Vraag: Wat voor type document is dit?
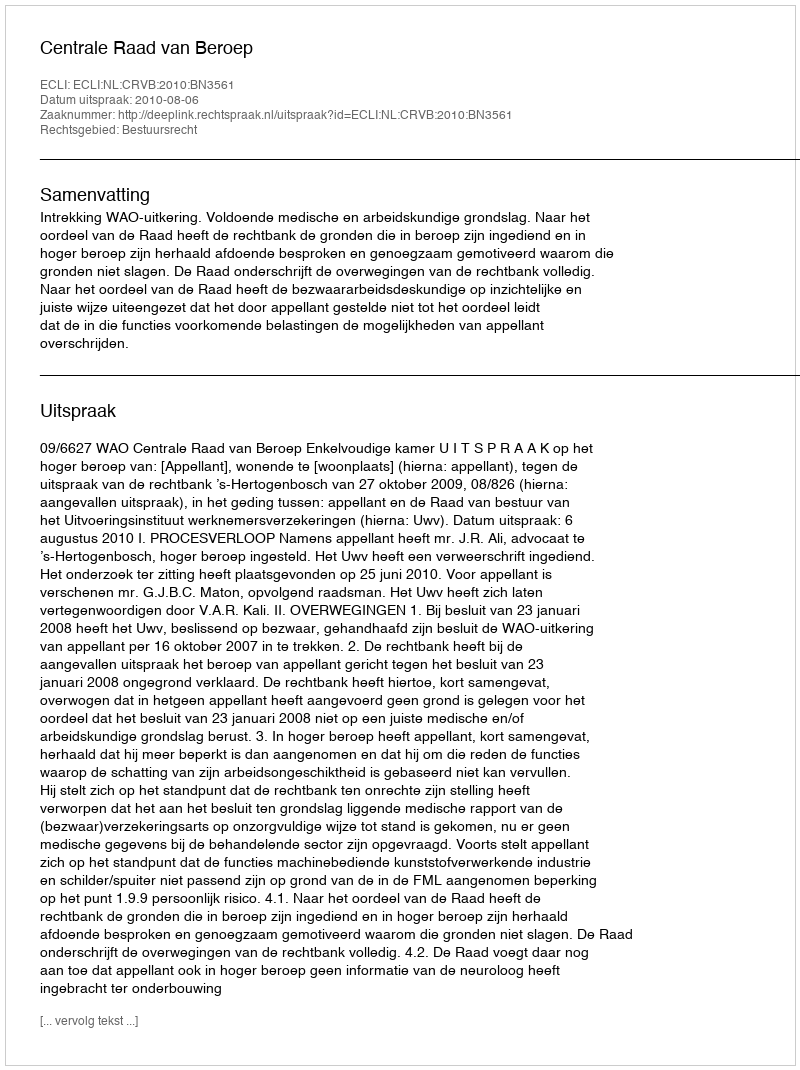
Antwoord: Uitspraak